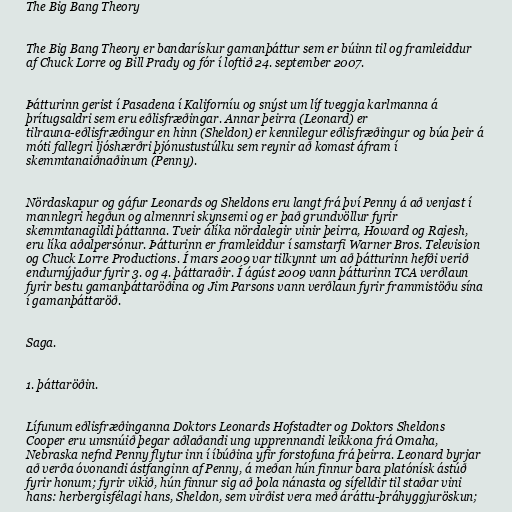
The Big Bang Theory

The Big Bang Theory er bandarískur gamanþáttur sem er búinn til og framleiddur
af Chuck Lorre og Bill Prady og fór í loftið 24. september 2007.

Þátturinn gerist í Pasadena í Kaliforníu og snýst um líf tveggja karlmanna á
þrítugsaldri sem eru eðlisfræðingar. Annar þeirra (Leonard) er
tilrauna-eðlisfræðingur en hinn (Sheldon) er kennilegur eðlisfræðingur og búa þeir á
móti fallegri ljóshærðri þjónustustúlku sem reynir að komast áfram í
skemmtanaiðnaðinum (Penny).

Nördaskapur og gáfur Leonards og Sheldons eru langt frá því Penny á að venjast í
mannlegri hegðun og almennri skynsemi og er það grundvöllur fyrir
skemmtanagildi þáttanna. Tveir álíka nördalegir vinir þeirra, Howard og Rajesh,
eru líka aðalpersónur. Þátturinn er framleiddur í samstarfi Warner Bros. Television
og Chuck Lorre Productions. Í mars 2009 var tilkynnt um að þátturinn hefði verið
endurnýjaður fyrir 3. og 4. þáttaraðir. Í ágúst 2009 vann þátturinn TCA verðlaun
fyrir bestu gamanþáttaröðina og Jim Parsons vann verðlaun fyrir frammistöðu sína
í gamanþáttaröð.

Saga.

1. þáttaröðin.

Lífunum eðlisfræðinganna Doktors Leonards Hofstadter og Doktors Sheldons
Cooper eru umsnúið þegar aðlaðandi ung upprennandi leikkona frá Omaha,
Nebraska nefnd Penny flytur inn í íbúðina yfir forstofuna frá þeirra. Leonard byrjar
að verða óvonandi ástfanginn af Penny, á meðan hún finnur bara platónísk ástúð
fyrir honum; fyrir vikið, hún finnur sig að þola nánasta og sífelldir til staðar vini
hans: herbergisfélagi hans, Sheldon, sem virðist vera með áráttu-þráhyggjuröskun;